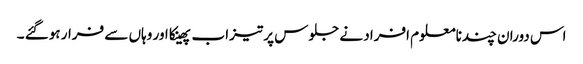
اس دوران چندنامعلوم افراد نے جلوس پر تیزاب پھینکا اور وہاں سے فرار ہوگئے ۔